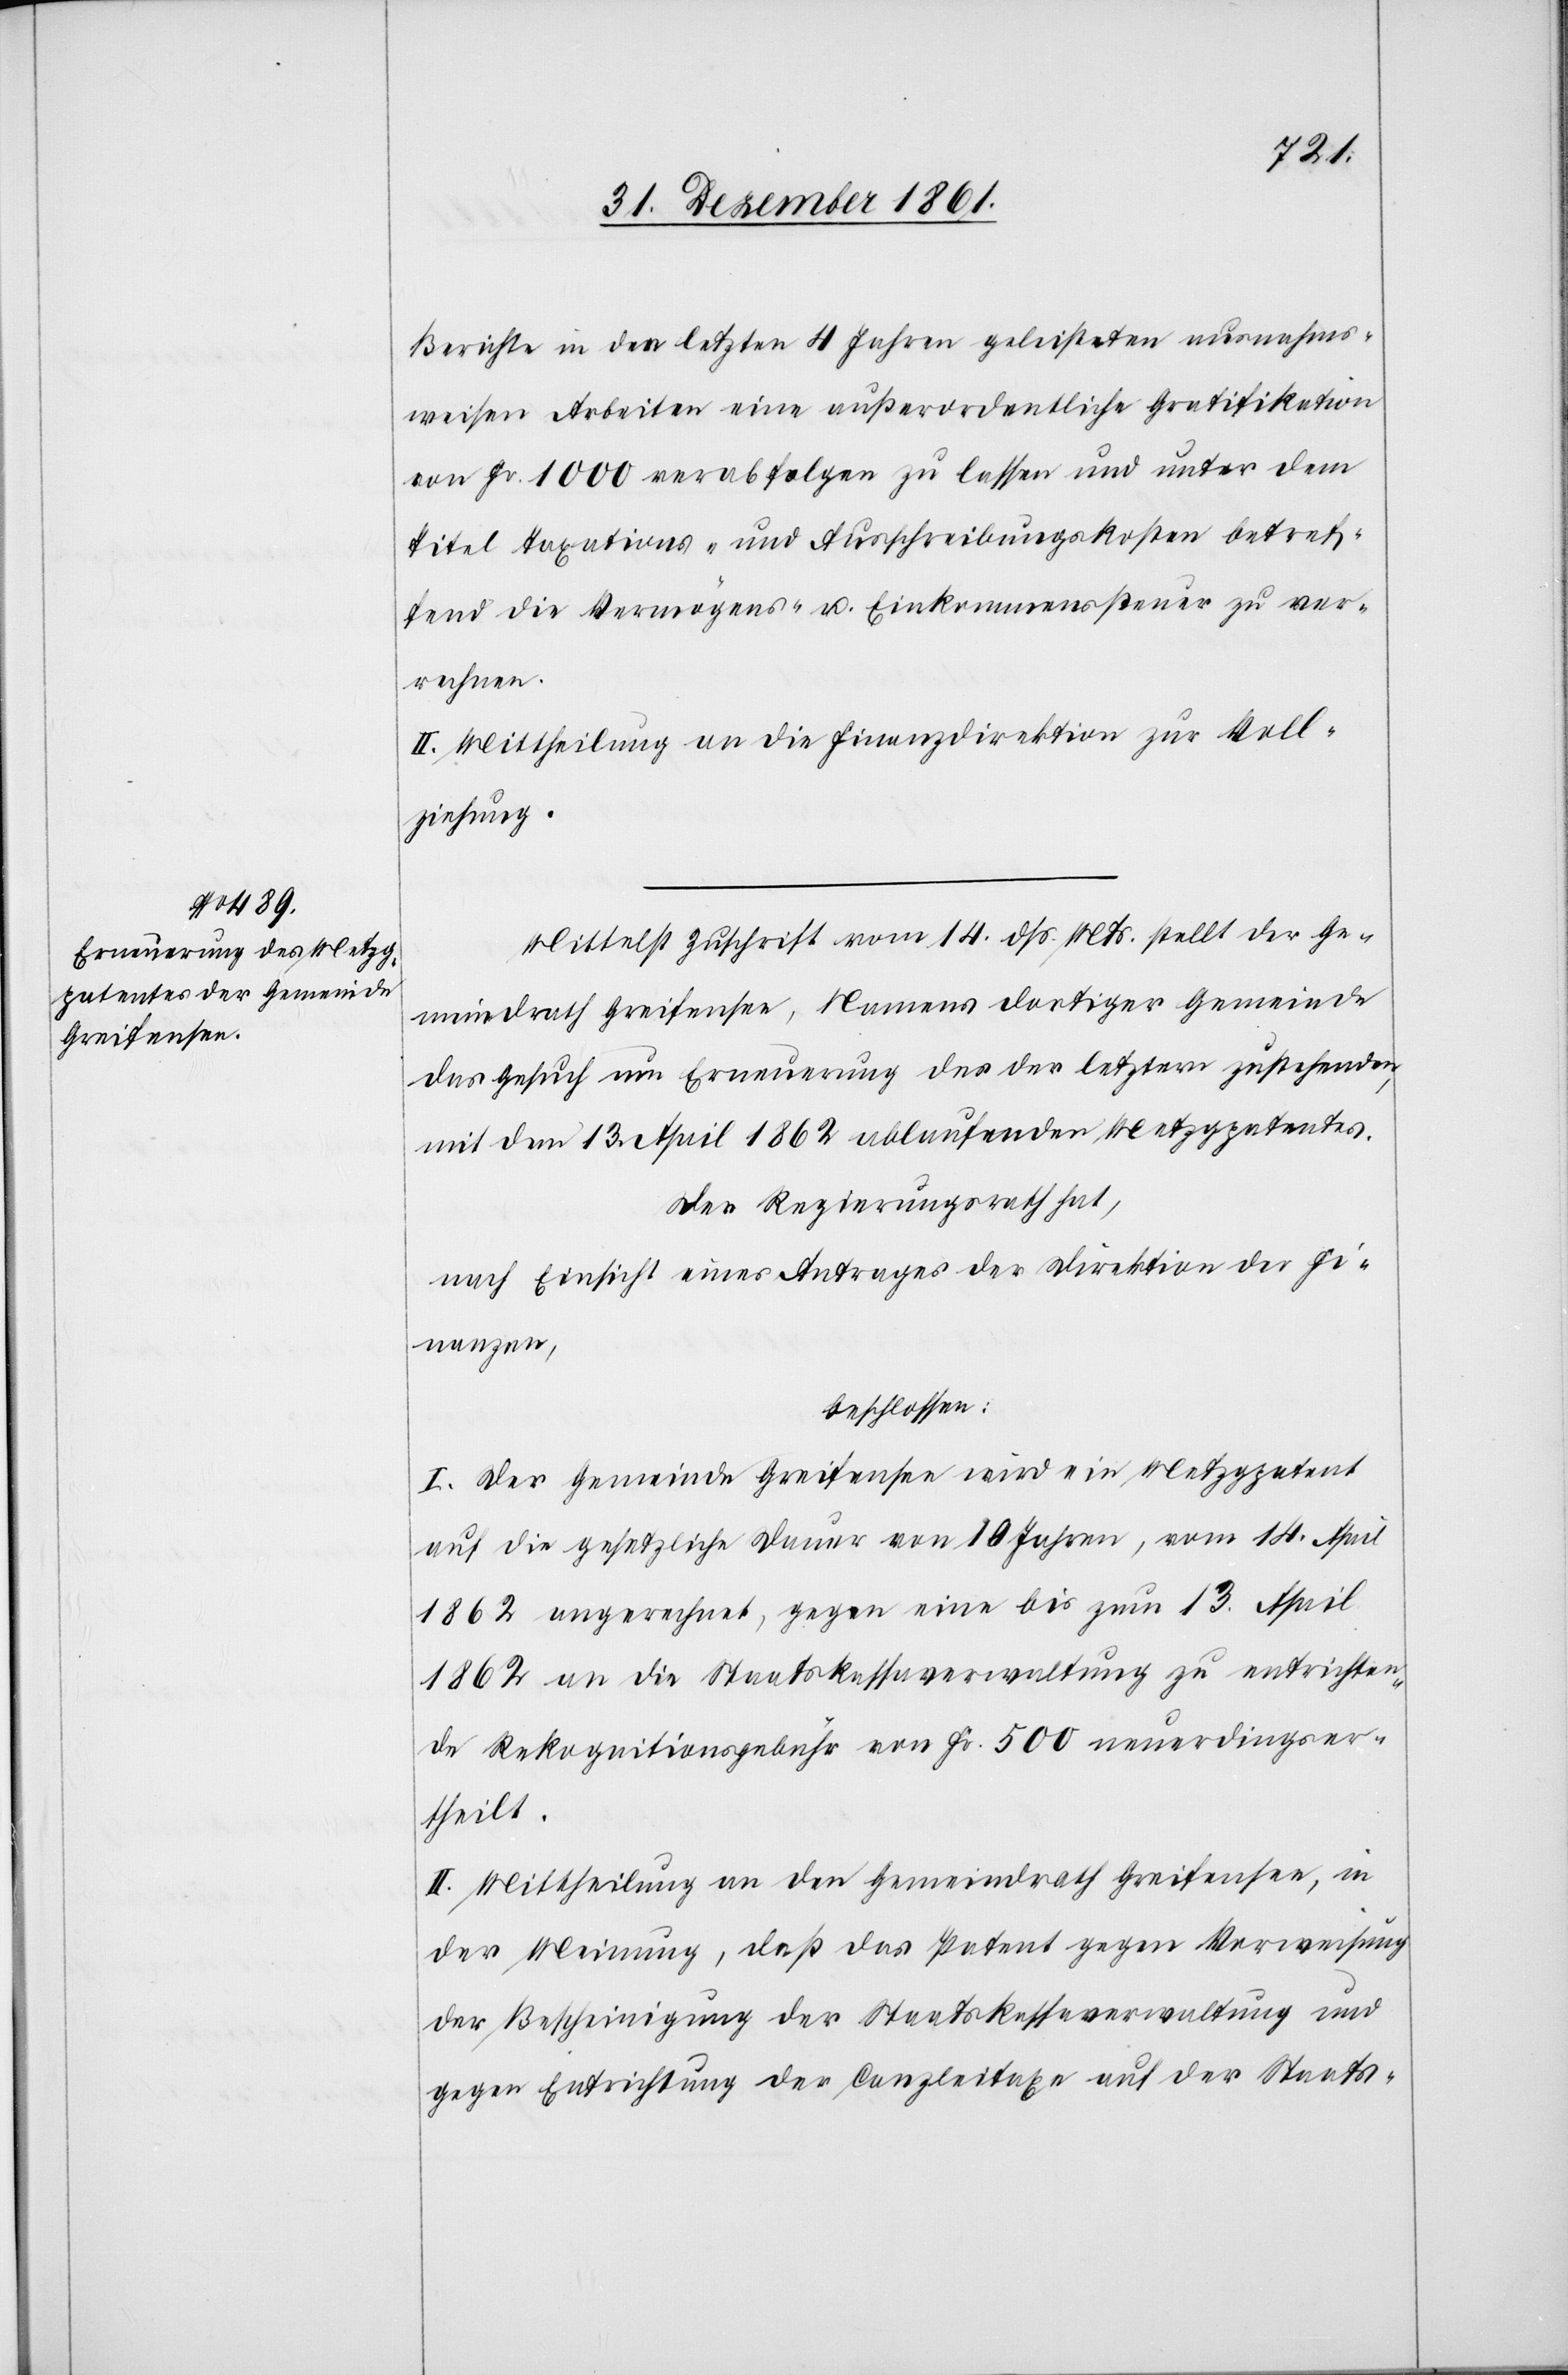
Berichte in den letzten 4 Jahren geleisteter ausnahms¬
weisen Arbeiten eine außerordentliche Gratifikation
von Fr. 1000 verabfolgen zu lassen und unter dem
Titel Taxations- und Ausschreibungskosten betreff¬
end die Vermögens- u. Einkommenssteuer zu ver¬
rechnen.
II. Mittheilung an die Finanzdirektion zur Voll¬
ziehung.
Mittelst Zuschrift vom 14 dss. Mts. stellt der Ge¬
meindrath Greifensee, Namens dortiger Gemeinde
das Gesuch um Erneuerung des der letztern zustehenden,
mit dem 13 April 1862 ablaufenden Metzgpatentes.
Der Regierungsrath hat,
nach Einsicht eines Antrages der Direktion der Fi¬
nanzen,
beschlossen:
I. Der Gemeinde Greifensee wird ein Metzgpatent
auf die gesetzliche Dauer von 10 Jahren, vom 14 April
1862 angerechnet, gegen eine bis zum 13 April
1862 an die Staatskassaverwaltung zu entrichten¬
de Rekognitionsgebühr von Fr. 500 neuerdings ver¬
theilt.
II. Mittheilung an den Gemeindrath Greifensee, in
der Meinung, daß das Patent gegen Vorweisung
der Bescheinigung der Staatskassaverwaltung und
gegen Entrichtung der Canzleitaxe auf der Staats-